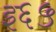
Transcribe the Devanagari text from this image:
इ६५